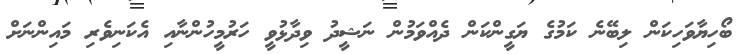
ބޯހިޔާވަހިކަން ލިބޭނެ ކަމުގެ ޔަގީންކަން ދެއްވަމުން ނަޝީދު ވިދާޅުވީ ހަރުމީހުންނާއި އެކަނިވެރި މައިންނަށް